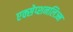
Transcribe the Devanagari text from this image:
एक्सेप्शनलिज्म